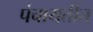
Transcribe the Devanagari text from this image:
पंचायतीत